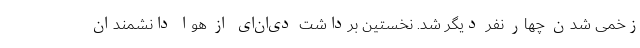
زخمی شدن چهار نفر دیگر شد. نخستین برداشت دی‌ان‌ای از هوا دانشمندان